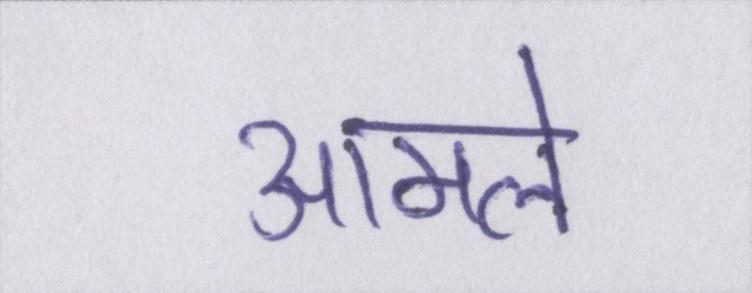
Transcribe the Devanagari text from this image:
आमले